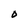
Character: O